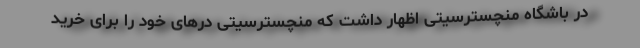
در باشگاه منچسترسیتی اظهار داشت که منچسترسیتی درهای خود را برای خرید